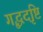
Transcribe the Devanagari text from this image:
गृद्धदृष्टि